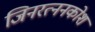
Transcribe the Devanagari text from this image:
जिनरत्ननकोश